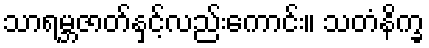
သာရမ္ဘဇာတ်နှင့်လည်းကောင်း။ သတံနိက္ခ